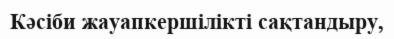
Кәсіби жауапкершілікті сақтандыру,